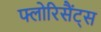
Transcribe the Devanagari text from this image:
फ्लोरिसैंट्स